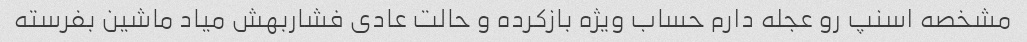
مشخصه اسنپ رو عجله دارم حساب ویژه بازکرده و حالت عادی فشاربهش میاد ماشین بفرسته